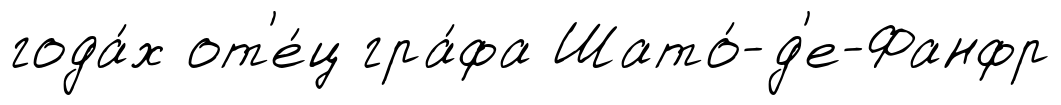
года́х от'е́ц гра́фа Шато́-д'е-Фанфр